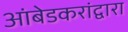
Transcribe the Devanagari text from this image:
आंबेडकरांद्वारा